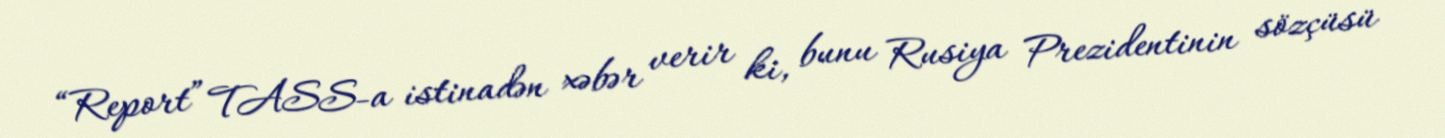
“Report” TASS-a istinadən xəbər verir ki, bunu Rusiya Prezidentinin sözçüsü